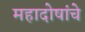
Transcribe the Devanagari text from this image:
महादोषांचे